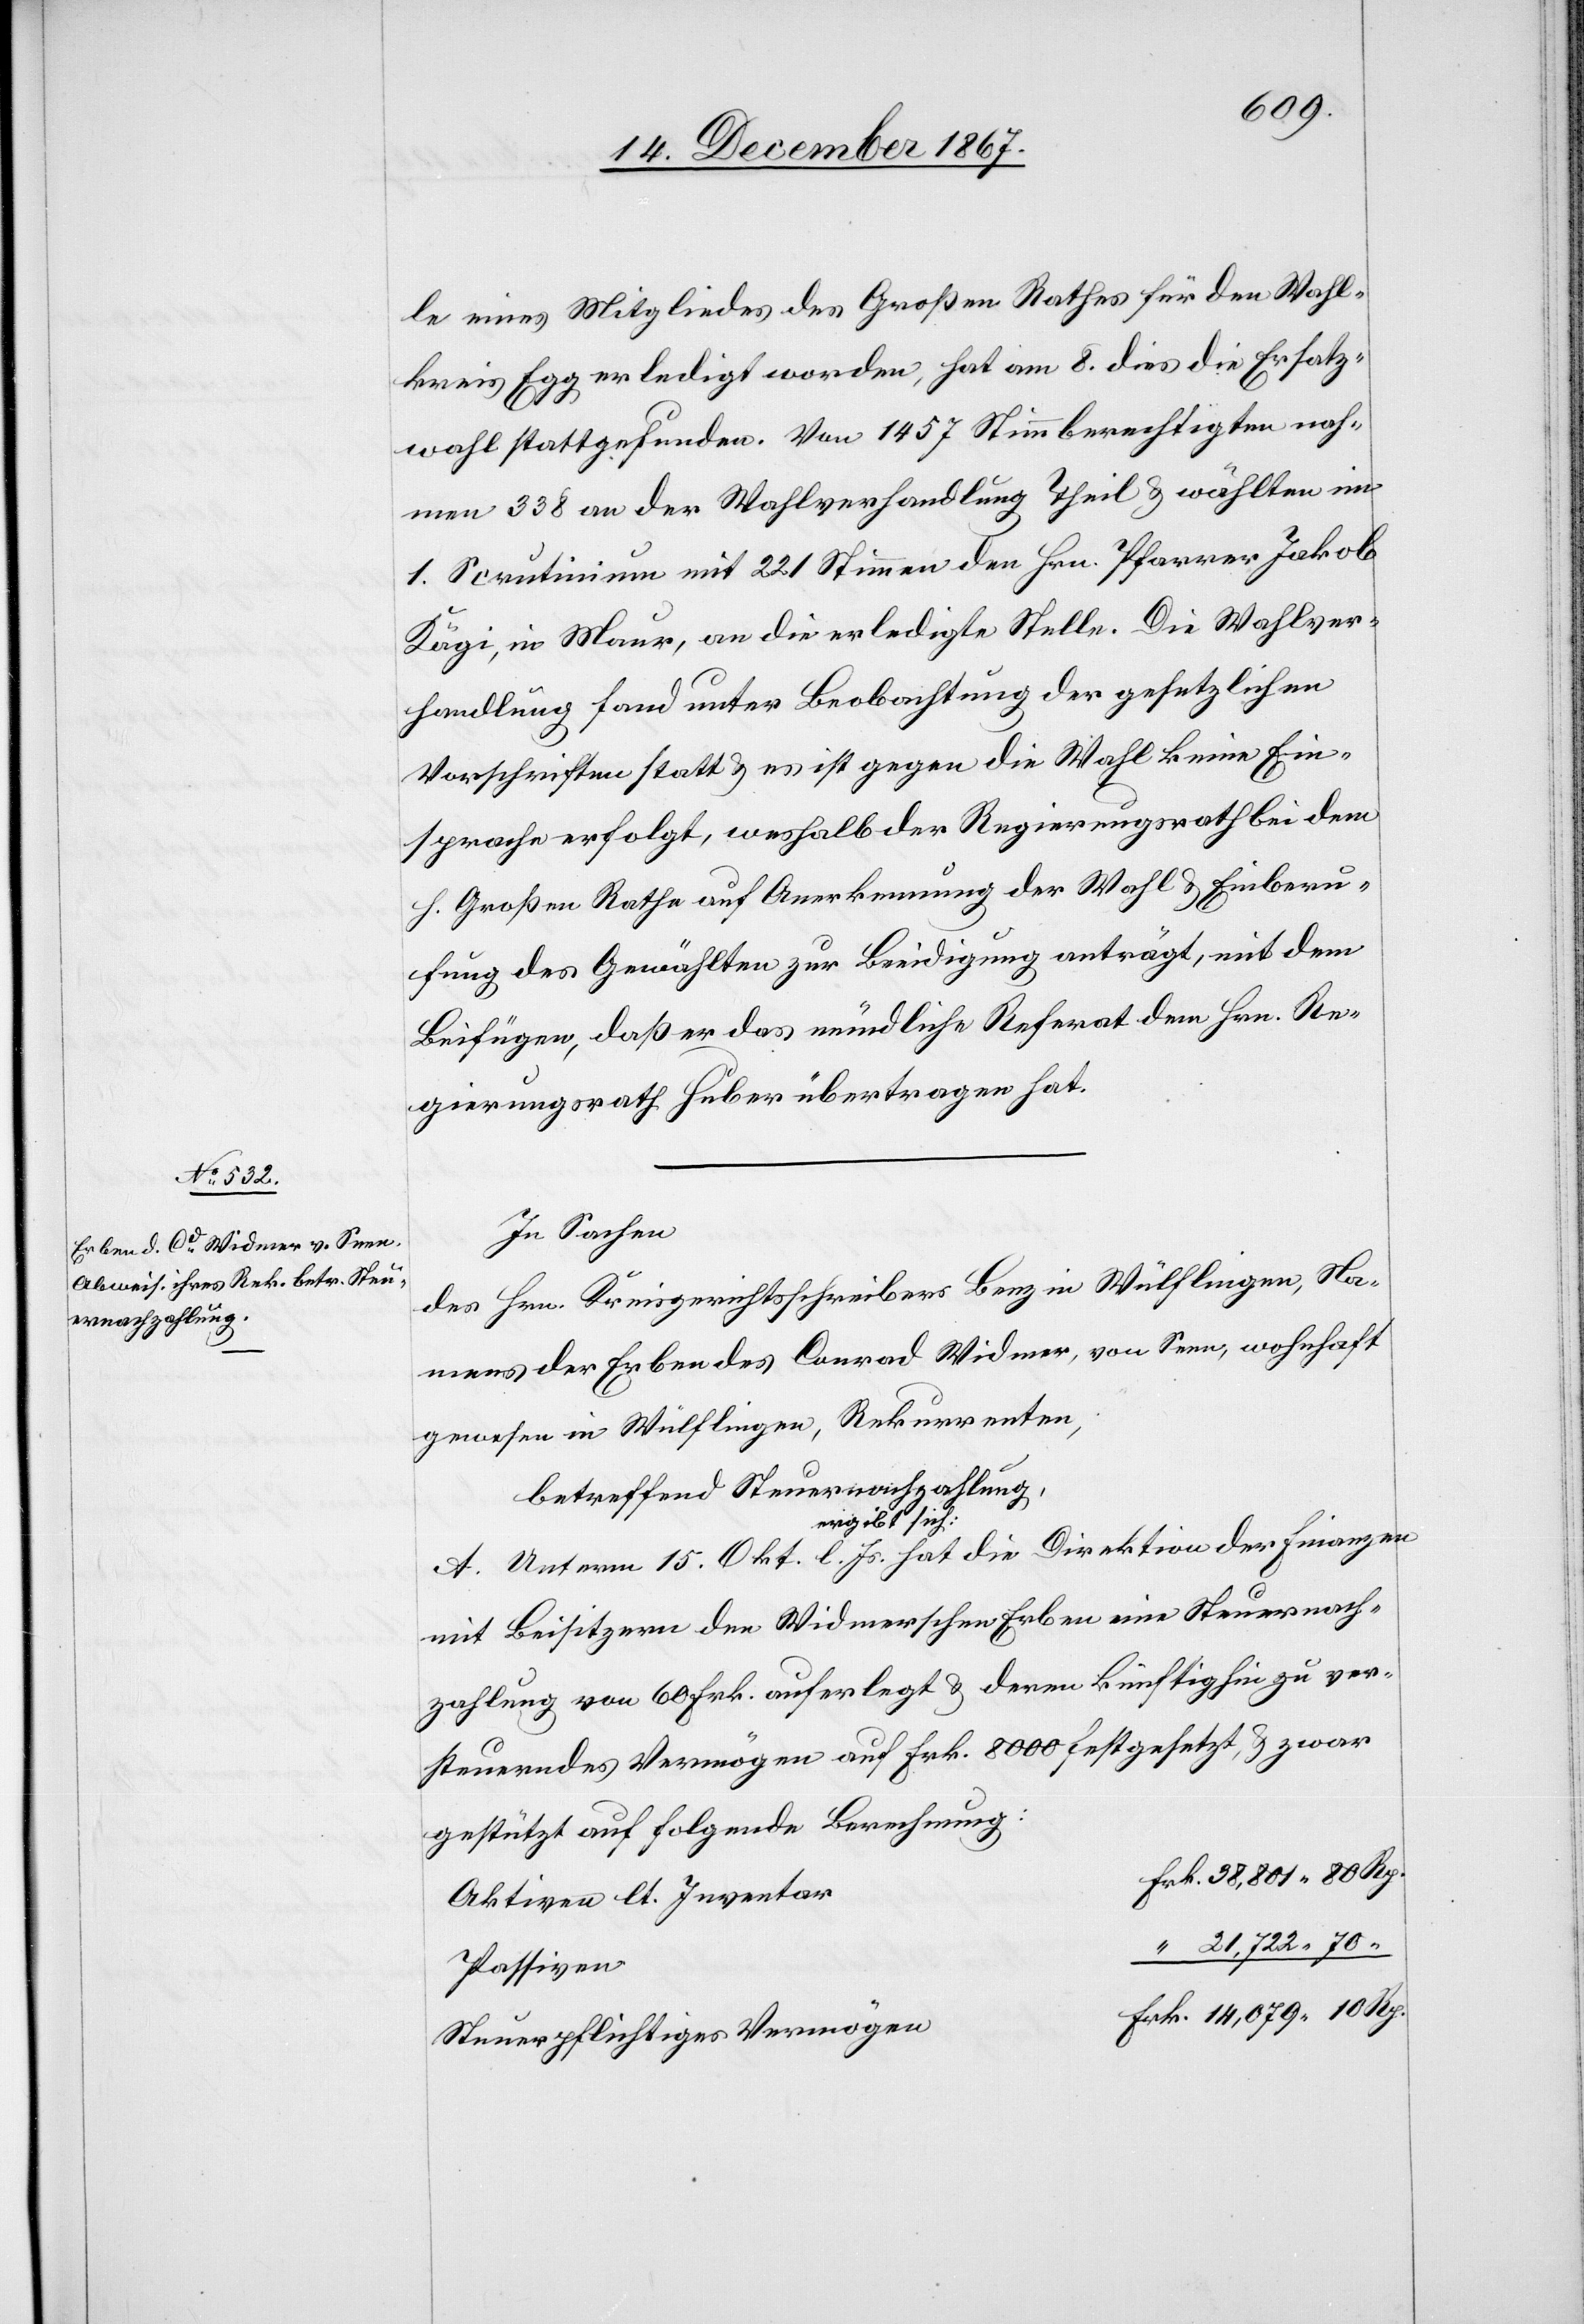
14 079.
le eines Mitgliedes des Großen Rathes für den Wahl¬
kreis Egg erledigt worden, hat am 8. dies die Ersatz¬
wahl stattgefunden. Von 1457 Stimmberechtigten nah¬
men 338 an der Wahlverhandlung Theil u. wählten im
1. Scrutinium mit 221 Stimmen den Hrn. Pfarrer Jakob
Kägi, in Maur, an die erledigte Stelle. Die Wahlver¬
handlung fand unter Beobachtung der gesetzlichen
Vorschriften statt u. es ist gegen die Wahl keine Ein¬
sprache erfolgt, weshalb der Regierungsrath bei dem
h. Großen Rathe auf Anerkennung der Wahl u. Einberu¬
fung des Gewählten zur Beeidigung anträgt, mit dem
Beifügen, daß er das mündliche Referat dem Hrn. Re¬
gierungsrath Huber übertragen hat.
In Sachen
des Hrn. Kreisgerichtsschreibers Benz in Wülflingen, Na¬
mens der Erben des Conrad Widmer, von Seen, wohnhaft
gewesen in Wülflingen, Rekurrenten,
betreffend Steuernachzahlung,
ergibt sich:
A. Unterm 15. Okt l. Js. hat die Direktion der Finanzen
mit Beisitzern den Widmerschen Erben eine Steuernach¬
zahlung von 60 Frk. auferlegt u. deren künftighin zu ver¬
steuerndes Vermögen auf Frk. 8000 festgesetzt, u. zwar
gestützt auf folgende Berechnung:
Aktiven lt. Inventar
Passiven
Steuerpflichtiges Vermögen: